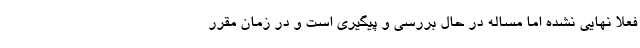
فعلا نهایی نشده اما مساله در حال بررسی و پیگیری است و در زمان مقرر